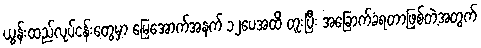
ယွန်းထည်လုပ်ငန်းတွေမှာ မြေအောက်အနက် ၁၂ပေအထိ တူးပြီး အခြောက်ခံရတာဖြစ်တဲ့အတွက်